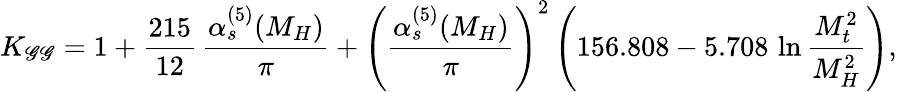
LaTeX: K_{\mathscr{G}\mathscr{G}}=1+\frac{{215}}{{12}}\, \frac{{\alpha_{s}^{(5)}(M_{H})}}{{\pi}}+\left(\frac{{\alpha_{s}^{(5)}(M_{H})}}{{\pi}}\right)^{2}\left(156.808-5.708\, \ln\frac{{M_{t}^{2}}}{{M_{H}^{2}}}\right),